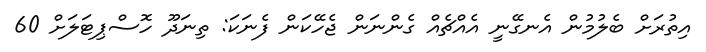
އިތުރަށް ބެލުމުން އެނގޭނީ އެއްޗެއް ގެންނަން ޖެހޭކަން ފެނަކަ: ތިނަދޫ ހޮސްޕިޓަލަށް 60